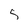
Character: 5